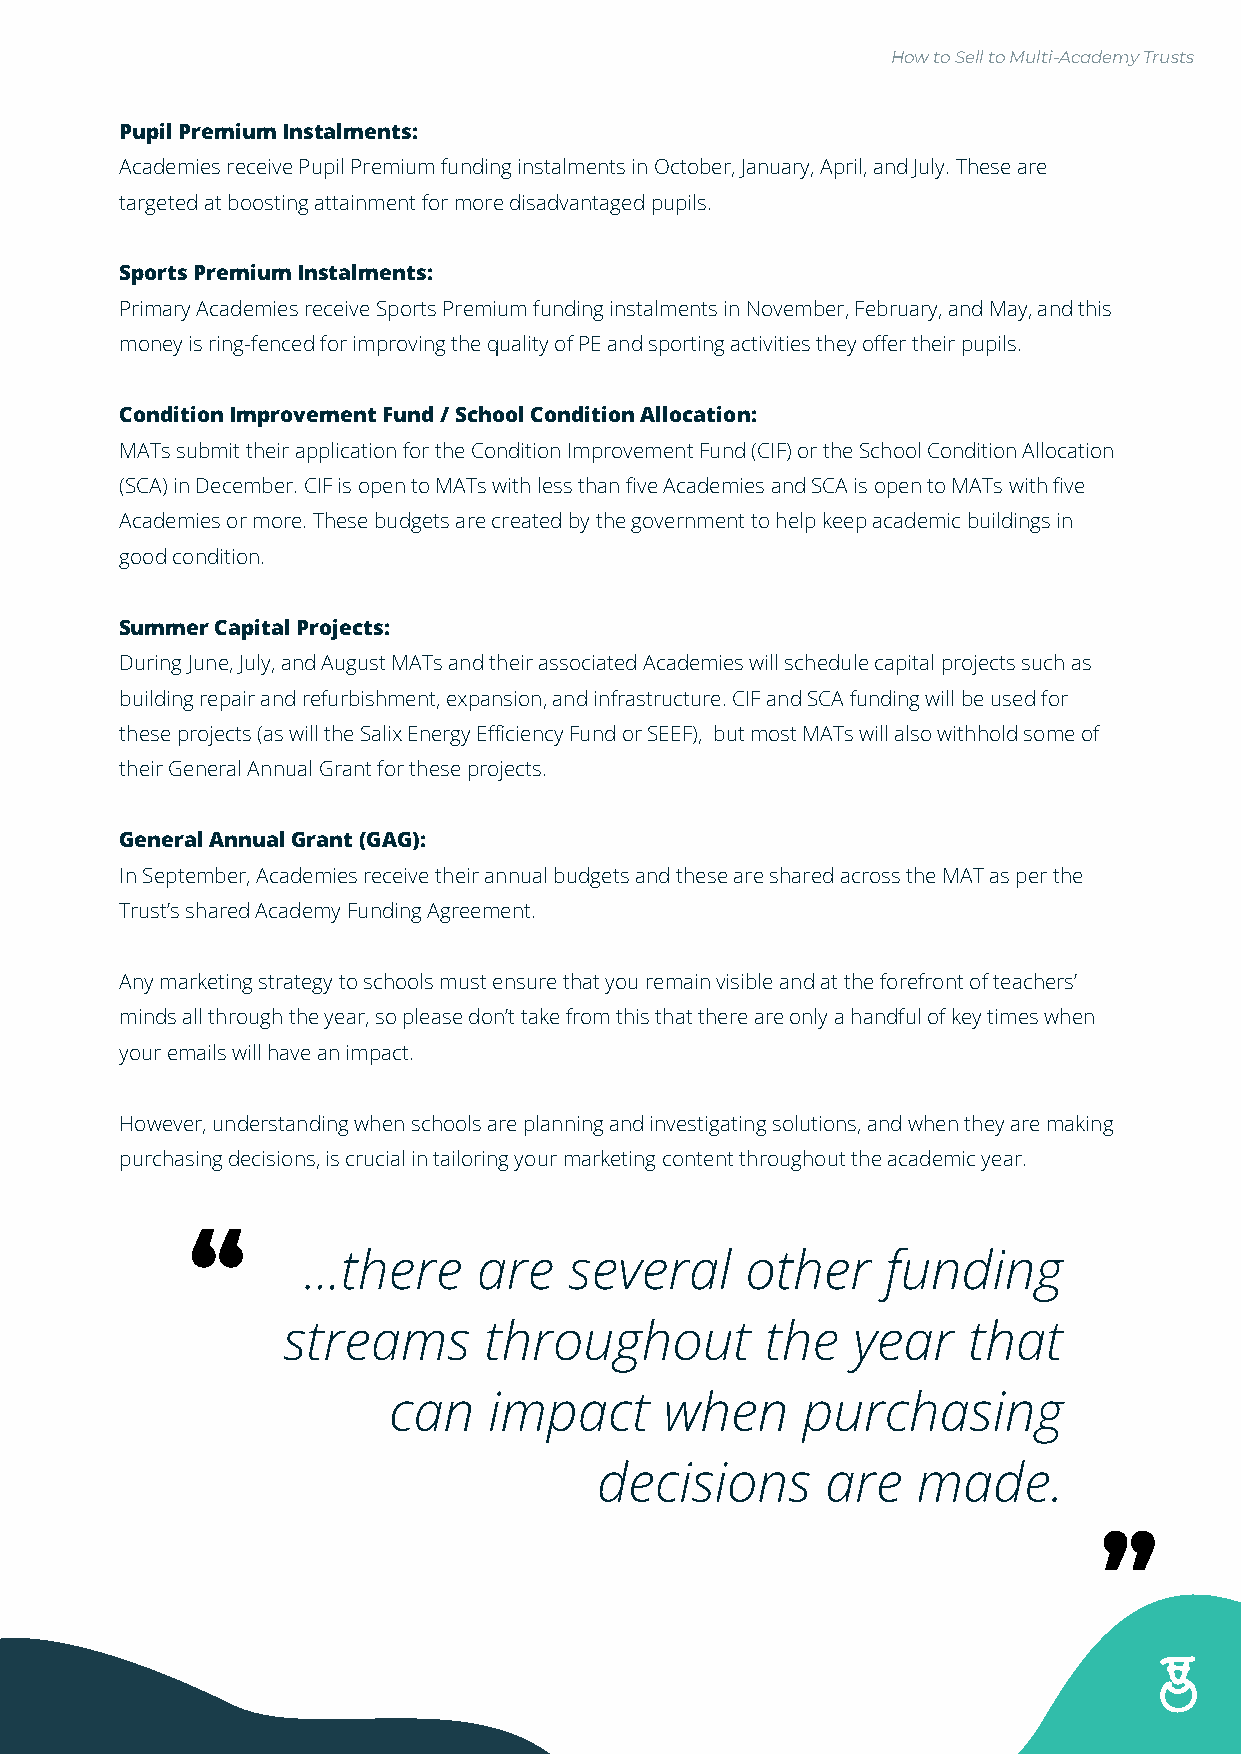
How to Sell to Multi-Academy Trusts
 Pupil Premium Instalments:
 Academies receive Pupil Premium funding instalments in October, January, April, and July. These are
 targeted at boosting attainment for more disadvantaged pupils.
 Sports Premium Instalments:
 Primary Academies receive Sports Premium funding instalments in November, February, and May, and this
 money is ring-fenced for improving the quality of PE and sporting activities they offer their pupils.
 Condition Improvement Fund / School Condition Allocation:
 MATs submit their application for the Condition Improvement Fund (CIF) or the School Condition Allocation
 (SCA) in December. CIF is open to MATs with less than five Academies and SCA is open to MATs with five
 Academies or more. These budgets are created by the government to help keep academic buildings in
 good condition.
 Summer Capital Projects:
 During June, July, and August MATs and their associated Academies will schedule capital projects such as
 building repair and refurbishment, expansion, and infrastructure. CIF and SCA funding will be used for
 these projects (as will the Salix Energy Efficiency Fund or SEEF), but most MATs will also withhold some of
 their General Annual Grant for these projects.
 General Annual Grant (GAG):
 In September, Academies receive their annual budgets and these are shared across the MAT as per the
 Trust’s shared Academy Funding Agreement.
 Any marketing strategy to schools must ensure that you remain visible and at the forefront of teachers’
 minds all through the year, so please don’t take from this that there are only a handful of key times when
 your emails will have an impact.
 However, understanding when schools are planning and investigating solutions, and when they are making
 purchasing decisions, is crucial in tailoring your marketing content throughout the academic year.
 “
 ...there    are   several    other     funding
 streams      throughout         the  year    that
 can   impact      when     purchasing
 decisions       are   made.       “